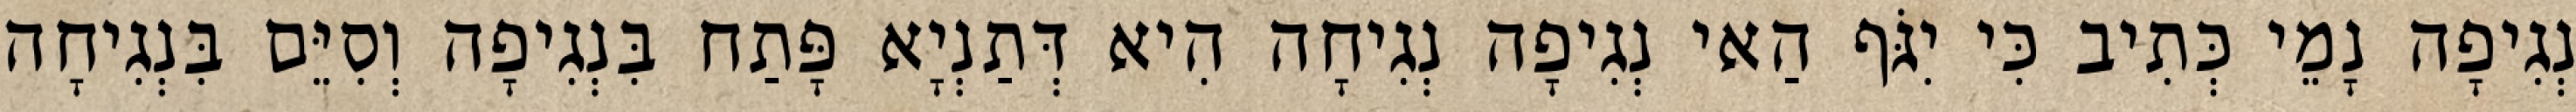
נְגִיפָה נָמֵי כְּתִיב כִּי יִגֹּף הַאי נְגִיפָה נְגִיחָה הִיא דְּתַנְיָא פָּתַח בִּנְגִיפָה וְסִיֵּם בִּנְגִיחָה